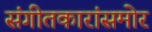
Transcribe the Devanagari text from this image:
संगीतकारांसमोर